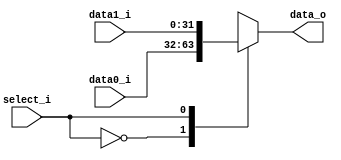

`timescale 1ns/1ps

module MUX_2to1(
    input  [31:0] data0_i,
    input  [31:0] data1_i,
    input         select_i,
    output reg [31:0] data_o
);

always @(*) begin
    case (select_i)
        2'b00: data_o <= data0_i;
        2'b01: data_o <= data1_i;
        default: data_o <= 32'b0;
    endcase
end

endmodule